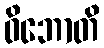
ဝိဘောတိ